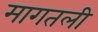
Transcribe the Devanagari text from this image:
मागतली